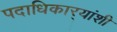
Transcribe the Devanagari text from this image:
पदाधिकार्‍यांशी